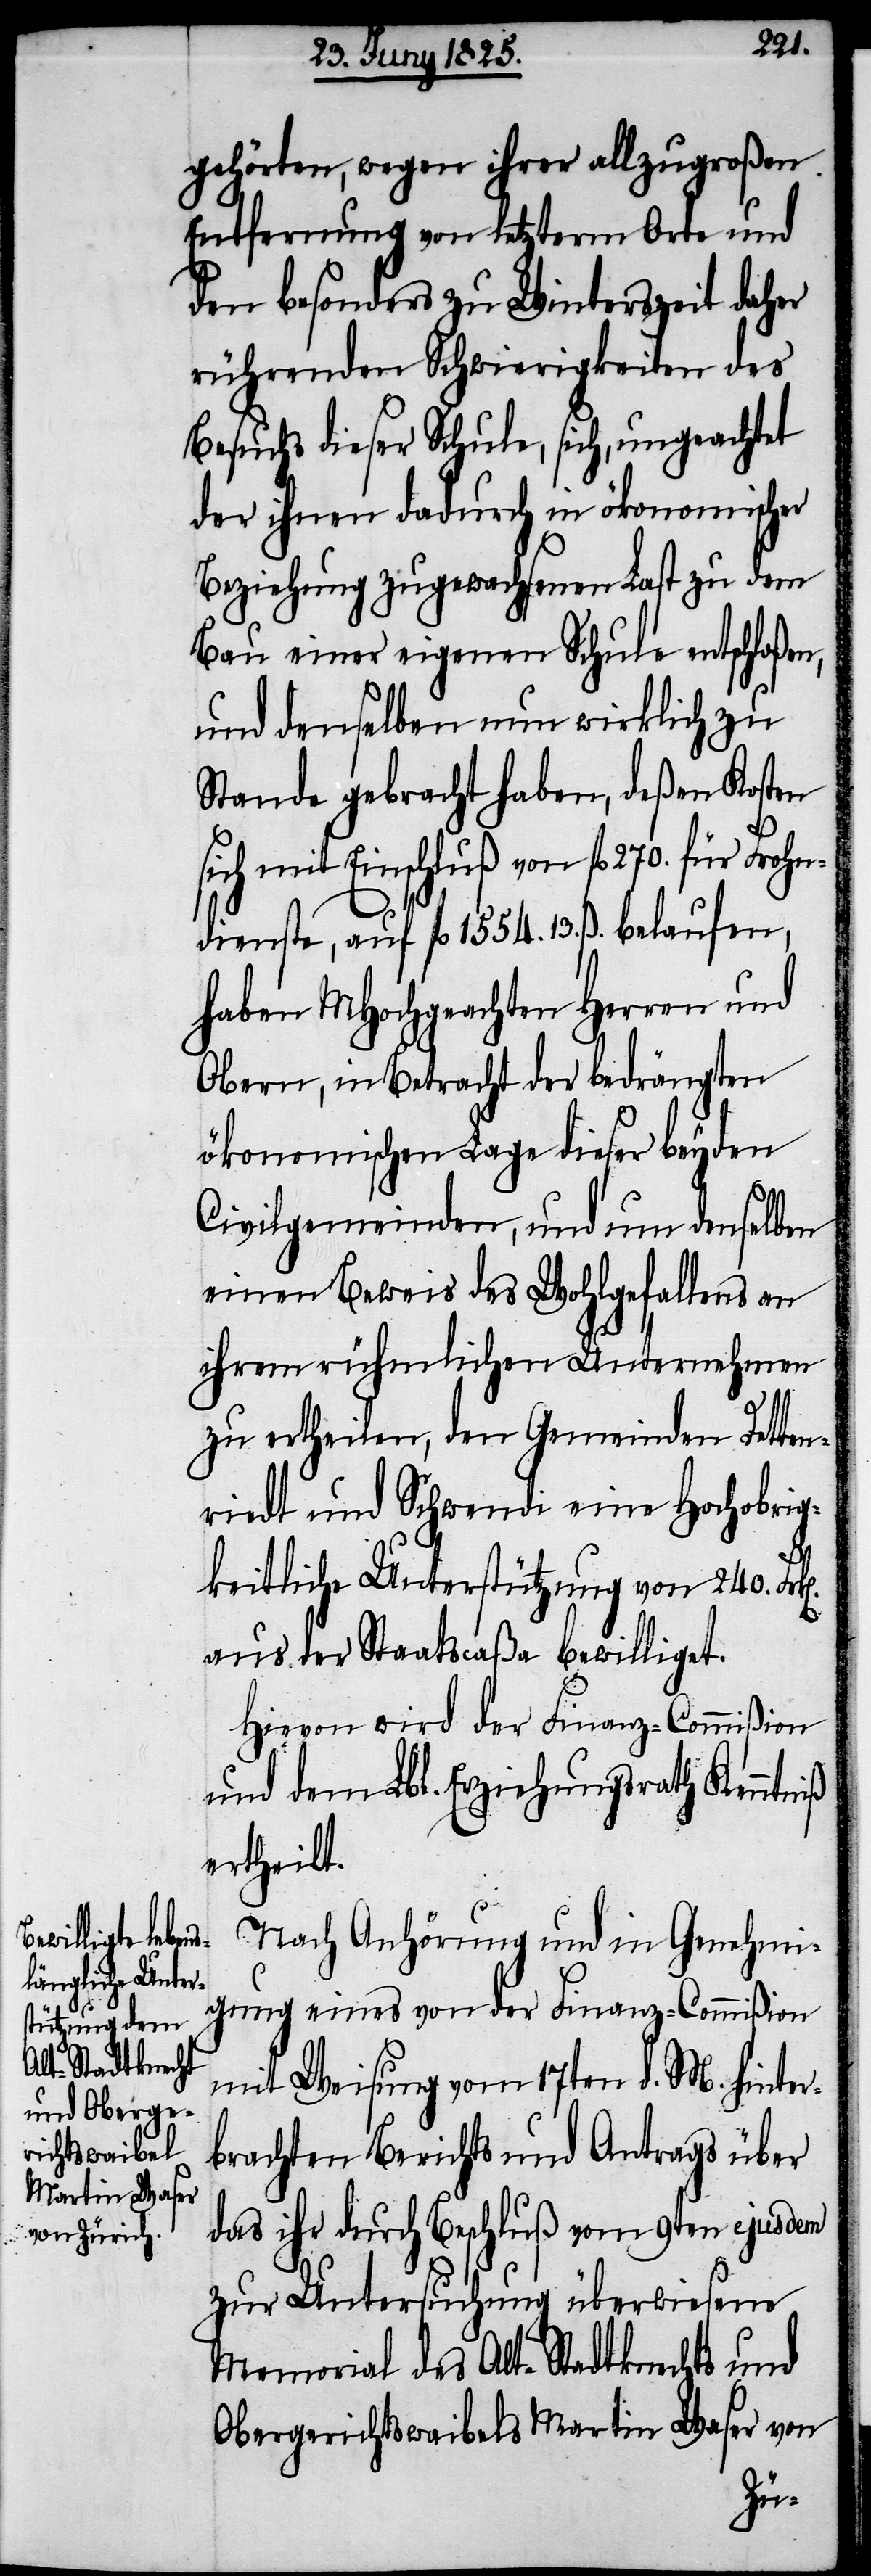
gehörten, wegen ihrer allzugroßen
Entfernung von letzterm Orte und
den besonders zu Winterzeit daher
rührenden Schwierigkeiten des
Besuchs dieser Schule, sich, ungeachtet
der ihnen dadurch in ökonomischer
Beziehung zugewachsenen Last zu dem
Bau einer eigenen Schule entschloßen,
und denselben nun wirklich zu
Stande gebracht haben, deßen Kosten
ich mit Einschluß von fl 270. für Froh¬
ndienste, auf fl 1554. 13. ß. belaufen,
haben MHochgeachten Herren und
Obern, in Betracht der bedrängten
ökonomischen Lage dieser beyden
Civilgemeinden, und um denselben
einen Beweis des Wohlgefallens an
ihrem rühmlichen Unternehmen
s¬
zu ertheilen, den Gemeinden Detten¬
riedt und Schwendi eine Hochobrig¬
keitliche Unterstützung von 240.
aus der Staatscaßa bewilliget.
Hievon wird der Finanz-Commißion
und dem Lbl. Erziehungsrath Kenntniß
ertheilt.
Nach Anhörung und in Genehmi¬
gung eines von der Finanz-Commißion
mit Weisung vom 17ten d. M. hinter¬
brachten Berichts und Antrags über
das ihr durch Beschluß vom 9ten ejusdem
zur Untersuchung überwiesene
Memorial des Alt-Stadtknechts und
Obergerichtswaibels Martin Waser von